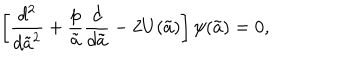
\left[ { \frac { d ^ { 2 } } { d { \tilde { a } } ^ { 2 } } } + { \frac { p } { \tilde { a } } } { \frac { d } { d \tilde { a } } } - 2 U ( \tilde { a } ) \right] \psi ( \tilde { a } ) = 0 ,